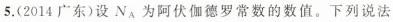
5.(2014广东)设N_{A}为阿伏伽德罗常数的数值。下列说法